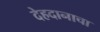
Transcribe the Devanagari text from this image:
देहदानाचा